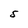
Character: S